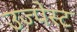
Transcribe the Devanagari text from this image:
उज्पेस्ट